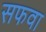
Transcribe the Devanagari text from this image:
सफवा